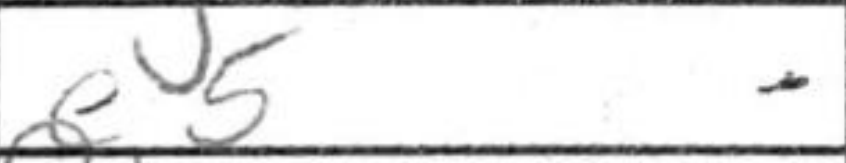
Transcription: e5